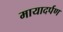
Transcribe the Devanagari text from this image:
मायादर्पण